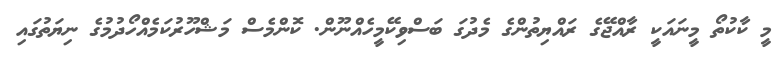
މީ ކާކުތޯ މީނައަކީ ރާއްޖޭގެ ރައްޔިތުންގެ މެދުގަ ބަސްވިކޭމީހެއްނޫން. ކޮންމެސް މަޝްހޫރުކަމެއްހޯދުމުގެ ނިޔަތުގައި